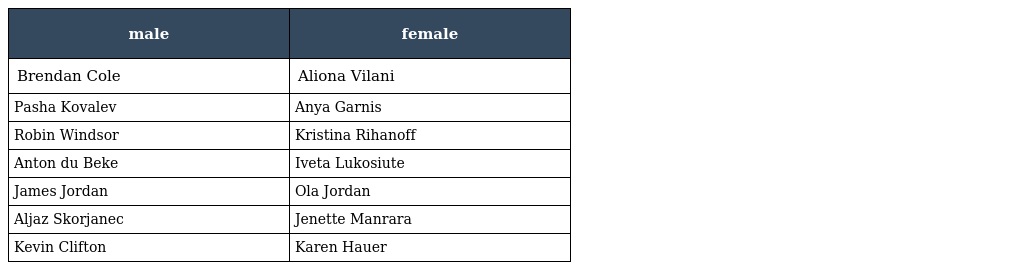
| male | female |
 | --- | --- |
 | Brendan Cole | Aliona Vilani |
 | Pasha Kovalev | Anya Garnis |
 | Robin Windsor | Kristina Rihanoff |
 | Anton du Beke | Iveta Lukosiute |
 | James Jordan | Ola Jordan |
 | Aljaz Skorjanec | Jenette Manrara |
 | Kevin Clifton | Karen Hauer |